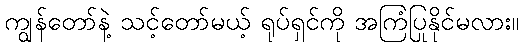
ကျွန်တော်နဲ့ သင့်တော်မယ့် ရုပ်ရှင်ကို အကြံပြုနိုင်မလား။